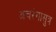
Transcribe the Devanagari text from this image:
अचरंगासुत्र